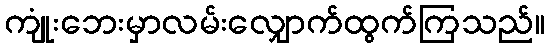
ကျုံးဘေးမှာလမ်းလျှောက်ထွက်ကြသည်။